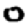
Digit: 0